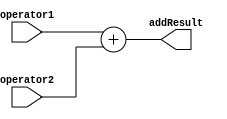
`timescale 1ns / 1ps
//////////////////////////////////////////////////////////////////////////////////
// Company: 
// Engineer: 
// 
// Design Name: 
// Module Name: AluAdder
// Project Name: 
// Target Devices: 
// Tool Versions: 
// Description: 
// 
// Dependencies: 
// 
// Revision:
// Revision 0.01 - File Created
// Additional Comments:
// 
//////////////////////////////////////////////////////////////////////////////////


module AluAdder(
    input [31:0] operator1,operator2,
    output reg [31:0] addResult
    );
    always @(operator1 or operator2) begin
        addResult = operator1+operator2;
    end
endmodule